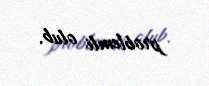
problemli olub.